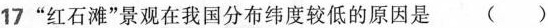
17”红石滩”景观在我国分布纬度较低的原因是 ()